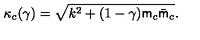
\kappa _ { c } ( \gamma ) = \sqrt { k ^ { 2 } + ( 1 - \gamma ) { \sf m } _ { c } \bar { \sf m } _ { c } } .